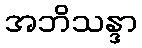
အဘိသန္ဒာ